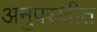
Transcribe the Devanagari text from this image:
अनुपस्थीत